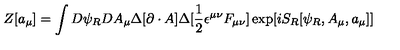
Z [ a _ { \mu } ] = \int D \psi _ { R } D A _ { \mu } \Delta [ \partial \cdot A ] \Delta [ \frac { 1 } { 2 } \epsilon ^ { \mu \nu } F _ { \mu \nu } ] \exp [ i S _ { R } [ \psi _ { R } , A _ { \mu } , a _ { \mu } ] ]